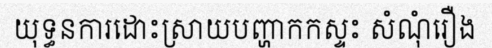
យុទ្ធនការដោះស្រាយបញ្ហាកកស្ទះ សំណុំរឿង